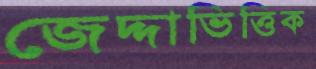
জেদ্দাভিত্তিক